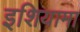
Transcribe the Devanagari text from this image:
इशियामा